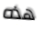
هذه